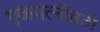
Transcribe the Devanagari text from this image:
एकपत्‍नीव्रती